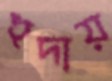
হুদায়